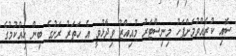
ސޮއި ކުރެއްވުމަށްފަހު މިނިސްޓަރު މުއިއްޒު ވިދާޅުވީ އެ ހަތަރު ރަށުގެ ބިން ހިއްކުމުގެ